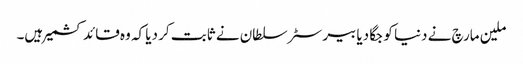
ملین مارچ نے دنیا کو جگا دیا بیرسٹر سلطان نے ثابت کر دیا کہ وہ قائد کشمیر ہیں۔